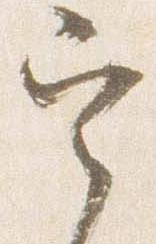
定